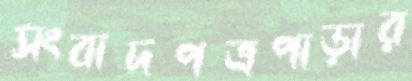
সংবাদপত্রপাড়ার